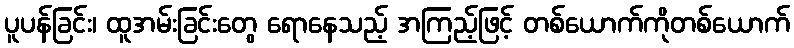
ပူပန်ခြင်း၊ ထူအမ်းခြင်းတွေ ရောနေသည့် အကြည့်ဖြင့် တစ်ယောက်ကိုတစ်ယောက်